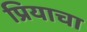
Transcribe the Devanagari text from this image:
प्रियाचा